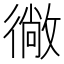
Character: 𭜂